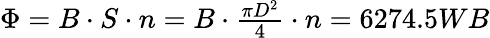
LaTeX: \begin{array}{r}{\Phi=B\cdot S\cdot n=B\cdot\frac{\pi D^{2}}{4}\cdot n=6274.5WB}\end{array}